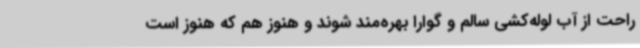
راحت از آب لوله‌کشی سالم و گوارا بهره‌مند شوند و هنوز هم که هنوز است